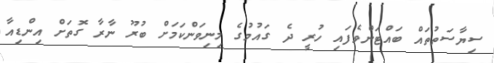
ސިޔާސަތުތައް ބައްޓަންވެފައި ހުރީ ދެ ގައުމުގެ މިނިވަންކަމަށް ބުރޫ ނާރާ ގޮތަށް އިންޑިއާ